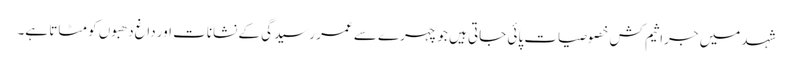
شہد میں جراثیم کش خصوصیات پائی جاتی ہیں جو چہرے سے عمر رسیدگی کے نشانات اور داغ دھبوں کو مٹاتا ہے۔